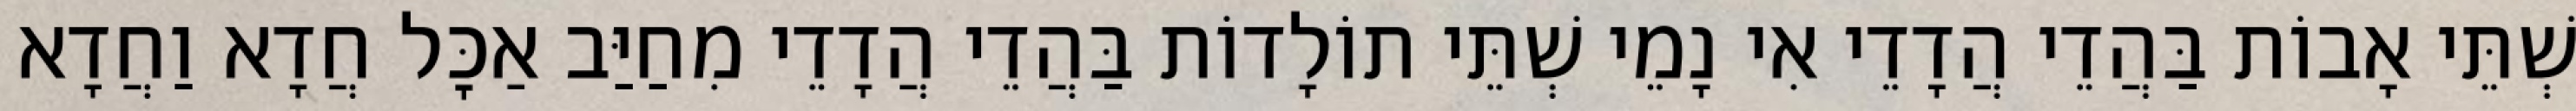
שְׁתֵּי אָבוֹת בַּהֲדֵי הֲדָדֵי אִי נָמֵי שְׁתֵּי תוֹלָדוֹת בַּהֲדֵי הֲדָדֵי מִחַיַּב אַכׇּל חֲדָא וַחֲדָא